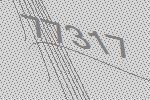
77317